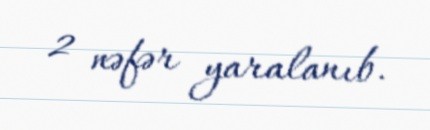
2 nəfər yaralanıb.